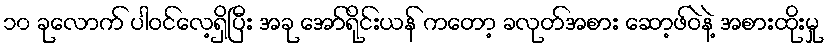
၁၀ ခုလောက် ပါဝင်လေ့ရှိပြီး အခု အော်ရိုင်းယန် ကတော့ ခလုတ်အစား ဆော့ဖ်ဝဲနဲ့ အစားထိုးမှု